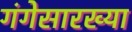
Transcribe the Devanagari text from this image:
गंगेसारख्या